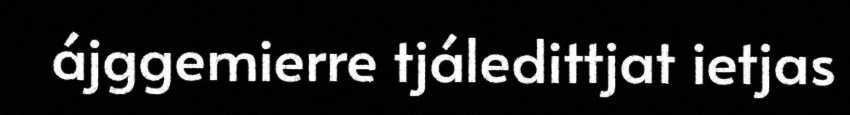
ájggemierre tjáledittjat ietjas